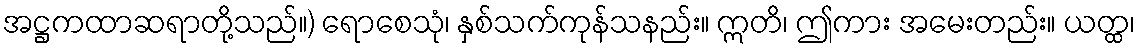
အဋ္ဌကထာဆရာတို့သည်။) ရောစေသုံ၊ နှစ်သက်ကုန်သနည်း။ ဣတိ၊ ဤကား အမေးတည်း။ ယတ္ထ၊